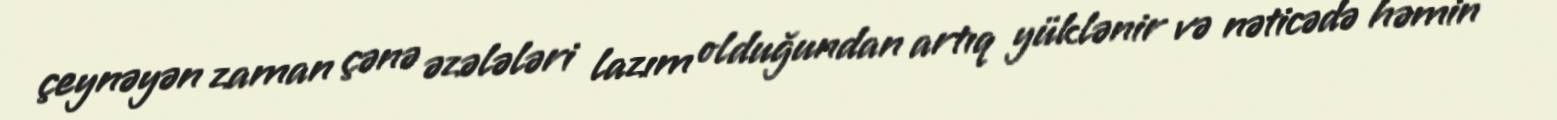
çeynəyən zaman çənə əzələləri lazım olduğundan artıq yüklənir və nəticədə həmin